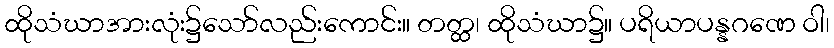
ထိုသံဃာအားလုံး၌သော်လည်းကောင်း။ တတ္ထ၊ ထိုသံဃာ၌။ ပရိယာပန္နဂဏေ ဝါ၊